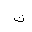
Letter: _kaf